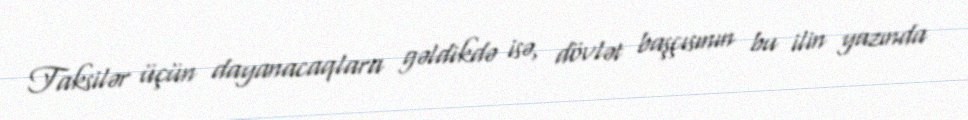
Taksilər üçün dayanacaqlara gəldikdə isə, dövlət başçısının bu ilin yazında